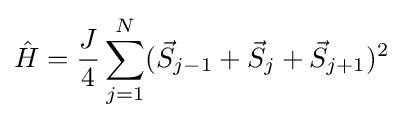
{\hat {H}}={\frac {J}{4}}\sum _{j=1}^{N}({\vec {S}}_{j-1}+{\vec {S}}_{j}+{\vec {S}}_{j+1})^{2}